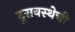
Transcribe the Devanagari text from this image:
दूरावस्थेची